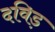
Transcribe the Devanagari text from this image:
दविड़